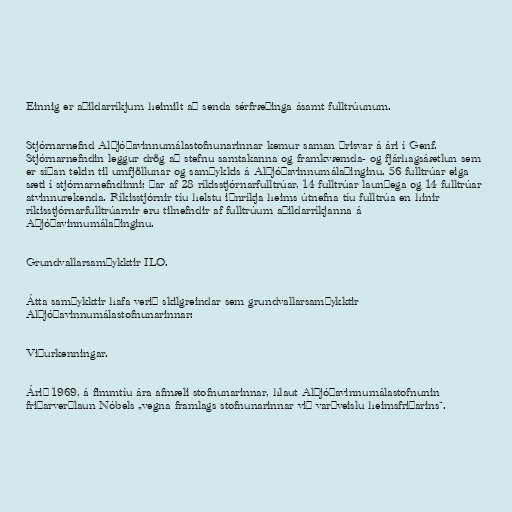
Einnig er aðildarríkjum heimilt að senda sérfræðinga ásamt fulltrúunum.

Stjórnarnefnd Alþjóðavinnumálastofnunarinnar kemur saman þrisvar á ári í Genf.
Stjórnarnefndin leggur drög að stefnu samtakanna og framkvæmda- og fjárhagsáætlun sem
er síðan tekin til umfjöllunar og samþykkis á Alþjóðavinnumálaþinginu. 56 fulltrúar eiga
sæti í stjórnarnefndinni; þar af 28 ríkisstjórnarfulltrúar, 14 fulltrúar launþega og 14 fulltrúar
atvinnurekenda. Ríkisstjórnir tíu helstu iðnríkja heims útnefna tíu fulltrúa en hinir
ríkisstjórnarfulltrúarnir eru tilnefndir af fulltrúum aðildarríkjanna á
Aþjóðavinnumálaþinginu.

Grundvallarsamþykktir ILO.

Átta samþykktir hafa verið skilgreindar sem grundvallarsamþykktir
Alþjóðavinnumálastofnunarinnar:

Viðurkenningar.

Árið 1969, á fimmtíu ára afmæli stofnunarinnar, hlaut Alþjóðavinnumálastofnunin
friðarverðlaun Nóbels „vegna framlags stofnunarinnar við varðveislu heimsfriðarins“.